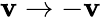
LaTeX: \mathbf{v}\rightarrow-\mathbf{v}